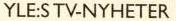
YLE:S TV-NYHETER